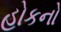
હોકનો